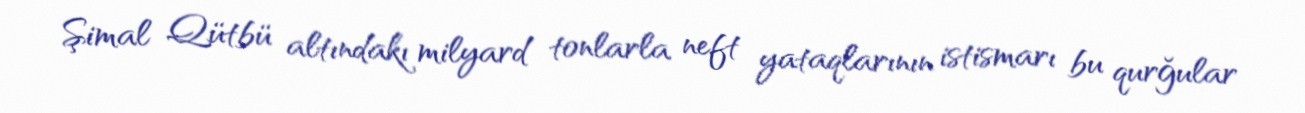
Şimal Qütbü altındakı milyard tonlarla neft yataqlarının istismarı bu qurğular